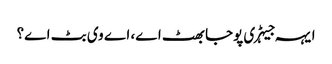
ایہہ جیہڑی پوجا بھٹ اے، اے وی بٹ اے؟